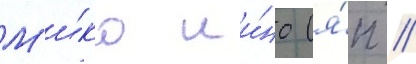
М'и́ко ии́но (я́п //